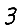
Digit: 3